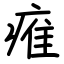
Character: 痽